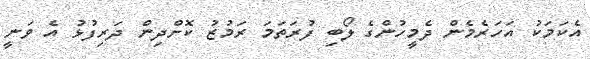
އެކަމަކު އަހަރެމެން ދެމީހުންގެ ލޯބި ފުރަތަމަ ރަމުޒު ކޮށްދިން ދަރިފުޅު އެ ވަނީ